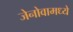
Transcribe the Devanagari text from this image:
जेनोवामध्ये